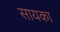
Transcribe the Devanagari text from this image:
सायका